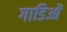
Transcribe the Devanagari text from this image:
गाडिओं